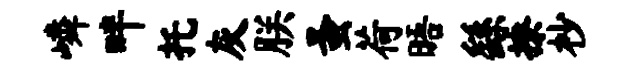
嶙畔托灰朕蚤荷晤繇撩杪